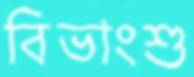
বিভাংশু